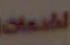
الخدمات